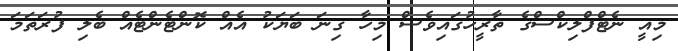
މިއީ ނެޓްފްލިކްސްގެ ތާރީހުގައިވެސް މިހާ ގިނަ ބަޔަކު އެއް ކޮންޓެންޓެއް ބެލި ފުރަތަމަ